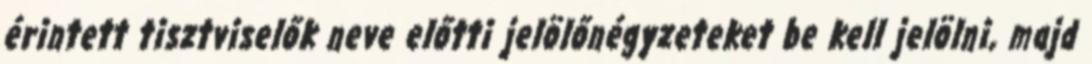
érintett tisztviselők neve előtti jelölőnégyzeteket be kell jelölni, majd